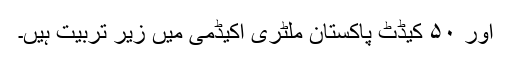
اور ۵۰ کیڈٹ پاکستان ملٹری اکیڈمی میں زیر تربیت ہیں۔